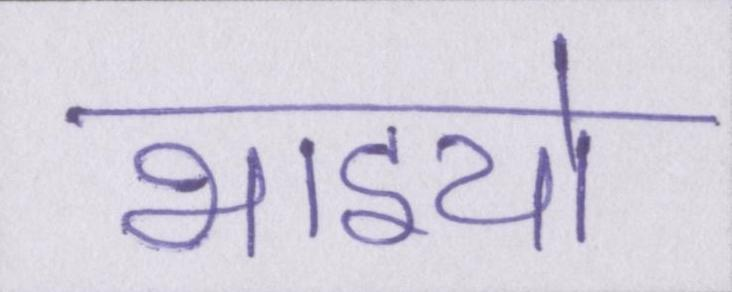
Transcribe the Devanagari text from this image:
भाइयो